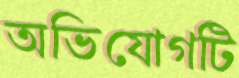
অভিযোগটি